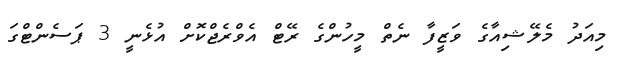
މިއަދު މެލޭޝިއާގެ ވަޒީފާ ނެތް މީހުންގެ ރޭޓް އެވްރެޖްކޮށް އުޅެނީ 3 ޕަސެންޓްގަ